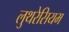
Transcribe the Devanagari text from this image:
लुथरेसियम